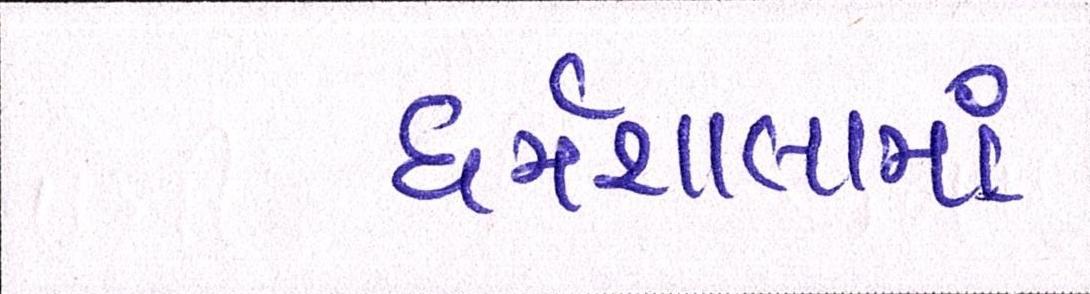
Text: ધર્મશાલામાં